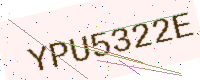
Text: YPU5322E